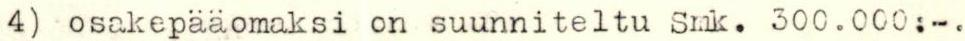
4) osakepääomaksi on suunniteltu Smk. 300.000:-.